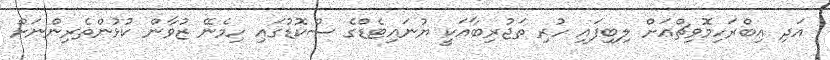
އަދި އިބްރަހިމޮވިޗްއަށް ލިބިފައި ހުރި ތަޖުރިބާއަކީ ޔުނައިޓެޑްގެ ސްކޮޑުގައި ހިމެނޭ ޒުވާން ކުޅުންތެރިންނަށް